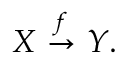
X ~ { \stackrel { f } { \to } } ~ Y .